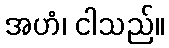
အဟံ၊ ငါသည်။